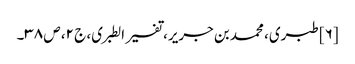
[۶] طبری، محمد بن جریر، تفسیر الطبری، ج ۲، ص ۳۸۔